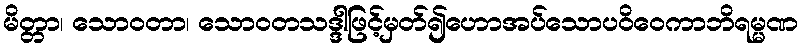
မိတ္တာ၊ သောဝတာ၊ သောဝတသဒ္ဒါဖြင့်မှတ်၍ဟောအပ်သောပဝိဝေကာဘိရမ္မဏ